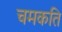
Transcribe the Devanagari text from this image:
चमकति